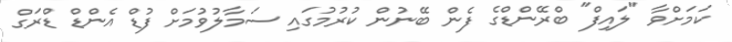
ކަމަށްވާ "ލައިފް" ބްރޭންޑްގެ ފެން ބޭނުން ކުރުމުގައި ސަމާލުވުމަށް ފުޑް އެންޑް ޑްރަގް